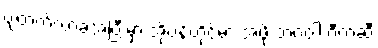
ပျံတက်လာခဲ့အပြီးမှာ အိုပဲန်ဟိုင်မာ အဖို့ ဘဂဝါ ဂီတဆီ